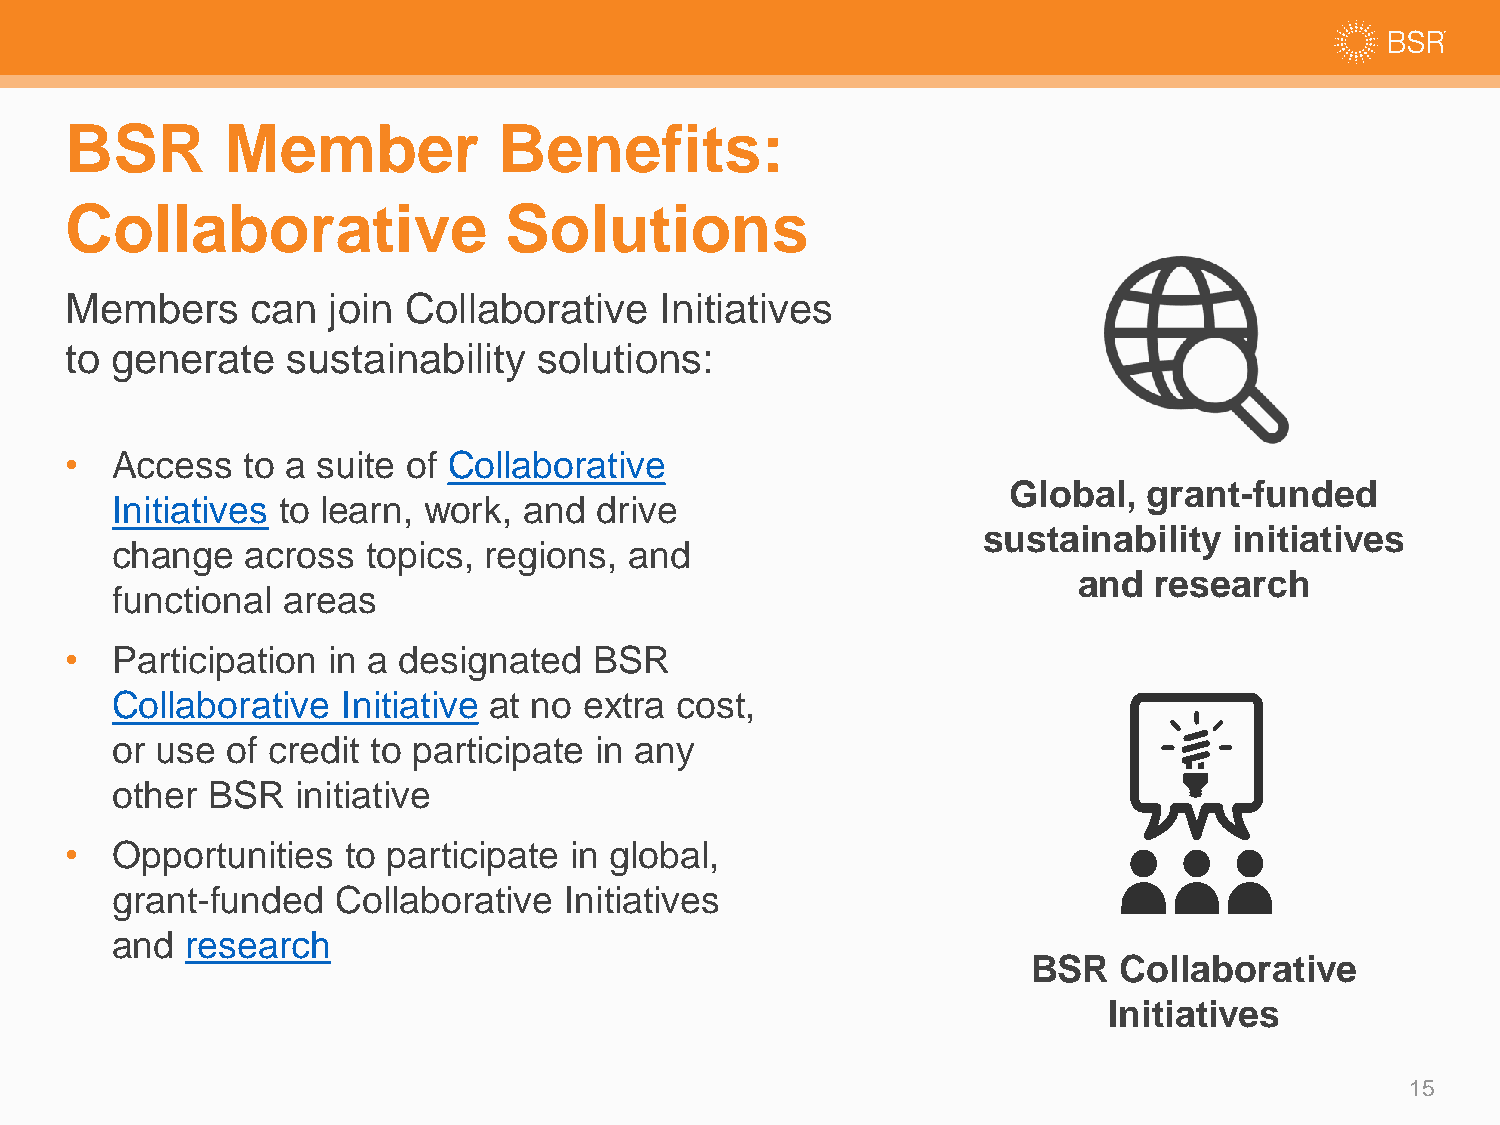
BSR        Member            Benefits:
 Collaborative                Solutions
 Members      can  join Collaborative    Initiatives
 to generate    sustainability   solutions:
 •  Access   to a suite of Collaborative
 Global,  grant-funded
 Initiatives to learn, work, and  drive
 sustainability   initiatives
 change   across  topics, regions,  and
 and  research
 functional  areas
 •  Participation  in a designated  BSR
 Collaborative   Initiative at no extra cost,
 or use  of credit to participate in any
 other  BSR   initiative
 •  Opportunities   to participate in global,
 grant-funded   Collaborative  Initiatives
 and  research
 BSR   Collaborative
 Initiatives
 15